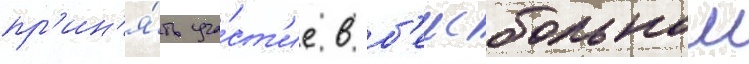
пр'ин'я́ть уча́ст'ие в б'еисбольном